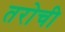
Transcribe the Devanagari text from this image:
तरोची